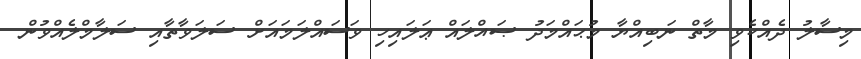
މިސާލު ދެއްކެވި މާތް ނަބިއްޔާ މުޙައްމަދު ޞައްލައް ޢަލައިހި ވަސައްލަމައަށް ސަލަވާތާއި ސަލާމްލެއްވުން